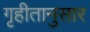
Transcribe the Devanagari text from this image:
गृहीतानुसार